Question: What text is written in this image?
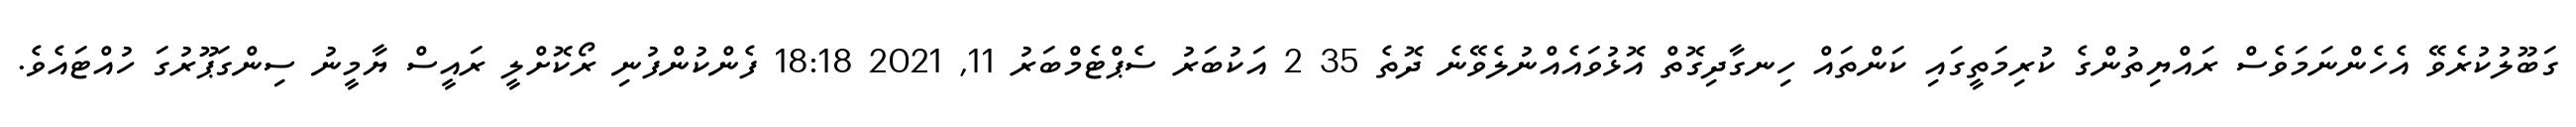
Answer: ގަބޫލުކުރެވޭ އެހެންނަމަވެސް ރައްޔިތުންގެ ކުރިމަތީގައި ކަންތައް ހިނގާދިގޮތް އޮޅުވައެއްނުލެވޭނެ ދޮތެ 35 2 އަކުބަރު ސެޕްޓެމްބަރު 11, 2021 18:18 ފެންކުންފުނި ރޯކޮށްލީ ރައީސް ޔާމީނު ސިންގަޕޫރުގަ ހުއްޓައެވެ.